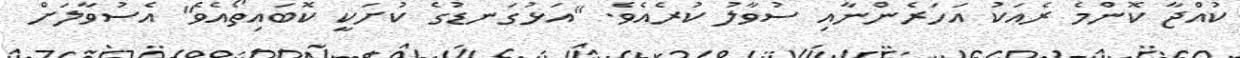
ކުއްޖާ ކޮންމެ ރެއަކު އަހަރެންނާއި ސުވާލު ކުރެއެވެ. "އަޅުގަނޑުގެ ކުށަކީ ކޮބައިތޯއެވެ" އެސުވާލަށް